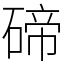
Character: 碲